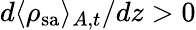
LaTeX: d\langle\rho_{\mathrm{sa}}\rangle_{A,t}/dz>0